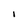
Character: I